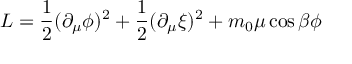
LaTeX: { \cal L } = \frac { 1 } { 2 } ( \partial _ { \mu } \phi ) ^ { 2 } + \frac { 1 } { 2 } ( \partial _ { \mu } \xi ) ^ { 2 } + m _ { 0 } \mu \cos \beta \phi